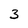
Character: 3